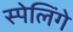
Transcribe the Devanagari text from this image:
स्पेलिंगे